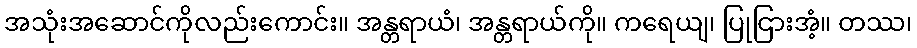
အသုံးအဆောင်ကိုလည်းကောင်း။ အန္တရာယံ၊ အန္တရာယ်ကို။ ကရေယျ၊ ပြုငြားအံ့။ တဿ၊